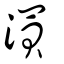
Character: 㵋